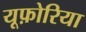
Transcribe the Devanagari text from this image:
यूफ़ोरिया